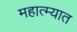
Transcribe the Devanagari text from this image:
महात्म्यात